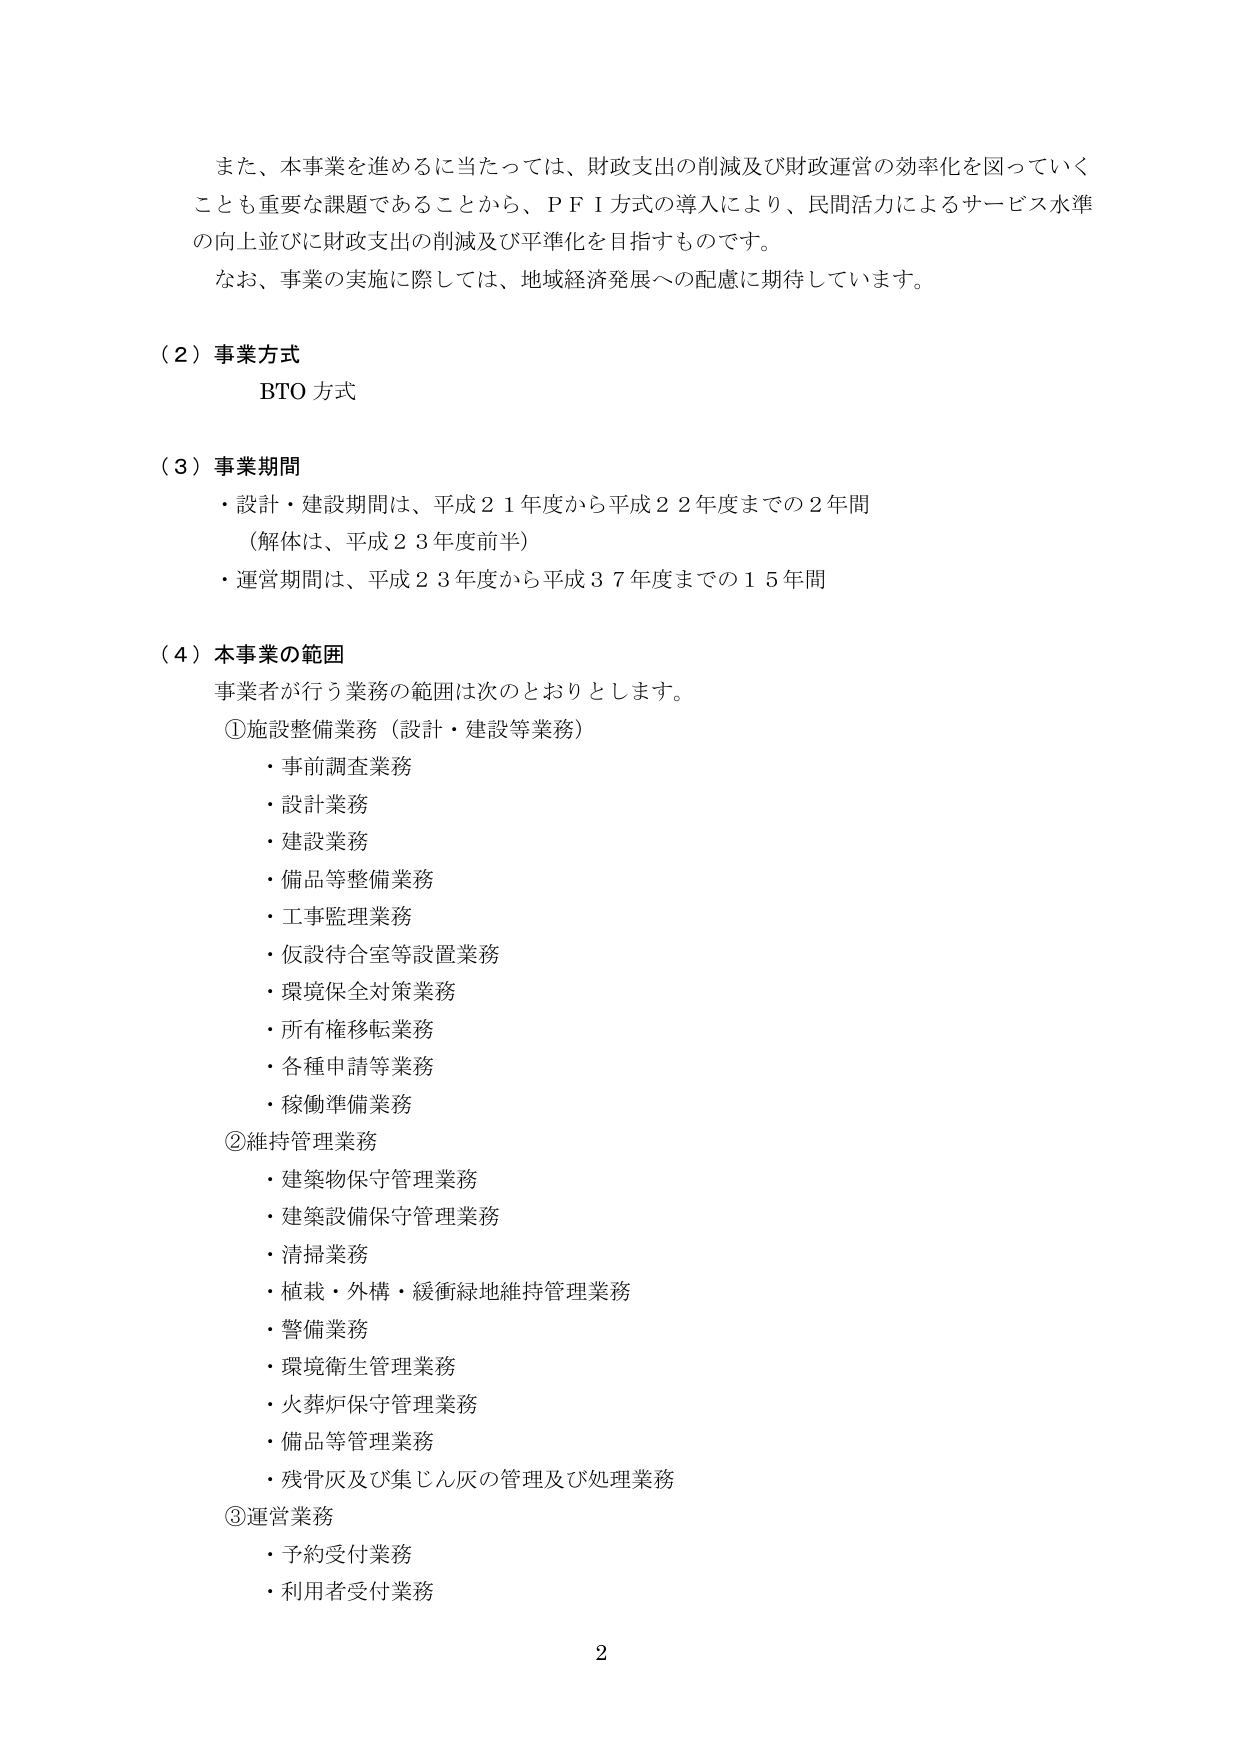
また、本事業を進めるに当たっては、財政支出の削減及び財政運営の効率化を図っていくことも重要な課題であることから、ＰＦＩ方式の導入により、民間活力によるサービス水準の向上並びに財政支出の削減及び平準化を目指すものです。
なお、事業の実施に際しては、地域経済発展への配慮に期待しています。

（２）事業方式
BTO 方式

（３）事業期間
・設計・建設期間は、平成２１年度から平成２２年度までの２年間
（解体は、平成２３年度前半）
・運営期間は、平成２３年度から平成３７年度までの１５年間

（４）本事業の範囲
事業者が行う業務の範囲は次のとおりとします。
①施設整備業務（設計・建設等業務）
・事前調査業務
・設計業務
・建設業務
・備品等整備業務
・工事監理業務
・仮設待合室等設置業務
・環境保全対策業務
・所有権移転業務
・各種申請等業務
・稼働準備業務
②維持管理業務
・建築物保守管理業務
・建築設備保守管理業務
・清掃業務
・植栽・外構・緩衝緑地維持管理業務
・警備業務
・環境衛生管理業務
・火葬炉保守管理業務
・備品等管理業務
・残骨灰及び集じん灰の管理及び処理業務
③運営業務
・予約受付業務
・利用者受付業務

2